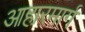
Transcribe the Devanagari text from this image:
आहारमार्ग